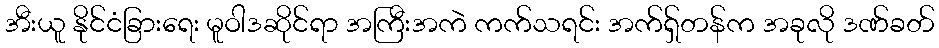
အီးယူ နိုင်ငံခြားရေး မူဝါဒဆိုင်ရာ အကြီးအကဲ ကက်သရင်း အက်ရှ်တန်က အခုလို ဒဏ်ခတ်